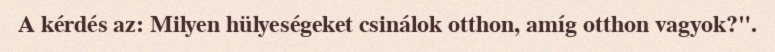
A kérdés az: Milyen hülyeségeket csinálok otthon, amíg otthon vagyok?".